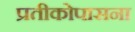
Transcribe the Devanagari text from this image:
प्रतीकोपासना